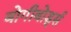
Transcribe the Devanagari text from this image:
बोगीबोर्ड्स